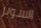
السوبر